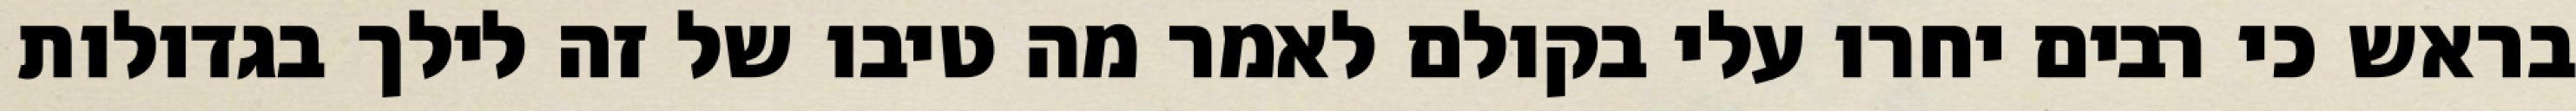
בראש כי רבים יחרו עלי בקולם לאמר מה טיבו של זה לילך בגדולות